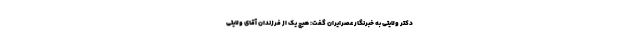
دکتر ولایتی به خبرنگار عصرایران گفت: هیچ یک از فرزندان آقای ولایتی